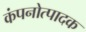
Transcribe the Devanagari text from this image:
कंपनोत्पादक